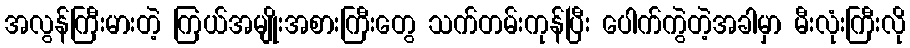
အလွန်ကြီးမားတဲ့ ကြယ်အမျိုးအစားကြီးတွေ သက်တမ်းကုန်ပြီး ပေါက်ကွဲတဲ့အခါမှာ မီးလုံးကြီးလို